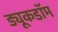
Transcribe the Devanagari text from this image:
ड्यूकडॉम